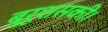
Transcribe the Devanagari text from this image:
बुरूशसकी।